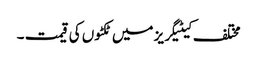
مختلف کیٹیگریز میں ٹکٹوں کی قیمت ۔